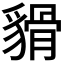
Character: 𧳸